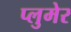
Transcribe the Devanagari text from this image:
प्लुमेर